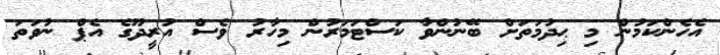
އެހެންކަމުން މި ޙިދުމަތަށް ބޭނުންވާ ކަސްޓަމަރުން މިހާރު ވެސް އުރީދޫގެ އެޕް ނުވަތަ